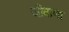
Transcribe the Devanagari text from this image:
जीवाणा